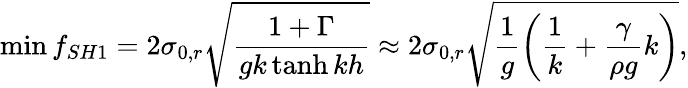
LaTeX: \operatorname*{min}{f_{SH1}}=2\sigma_{0,r}\sqrt{\frac{1+\Gamma}{gk\operatorname{tanh}{kh}}}\approx 2\sigma_{0,r}\sqrt{\frac{1}{g}\left(\frac{1}{k}+\frac{\gamma}{\rho g}k\right)},